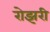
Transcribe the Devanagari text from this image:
रोझरी